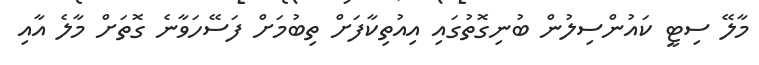
މާލޭ ސިޓީ ކައުންސިލުން ބުނިގޮތުގައި އިއުތިކާފަށް ތިބުމަށް ފަސޭހަވާނެ ގޮތަށް މާލެ އާއި